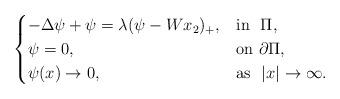
LaTeX: \begin{align*}\begin{cases}-\Delta \psi +\psi =\lambda (\psi -Wx_2)_+, &\mathrm{in}\ \ \Pi ,\\\psi =0,&\mathrm{on} \ \partial \Pi ,\\\psi(x) \rightarrow 0,&\mathrm{as}\ \ |x|\rightarrow \infty .\\\end{cases}\end{align*}